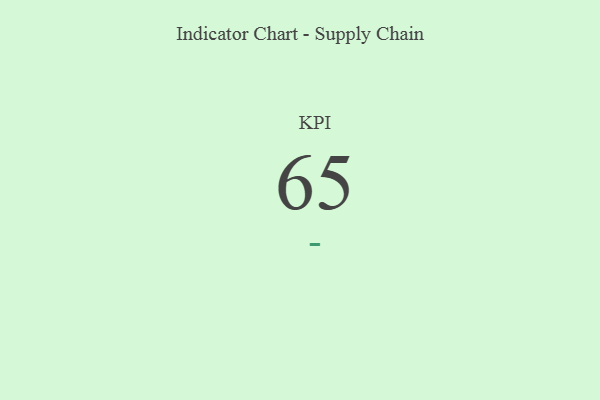
{"axis": {"x": "KPI", "y": "Value"}, "legend": [""], "data": [{"x": "KPI", "y": 65, "type": ""}]}